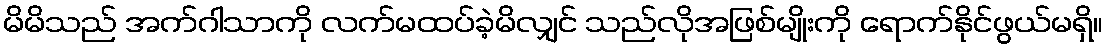
မိမိသည် အက်ဂါသာကို လက်မထပ်ခဲ့မိလျှင် သည်လိုအဖြစ်မျိုးကို ရောက်နိုင်ဖွယ်မရှိ။